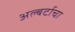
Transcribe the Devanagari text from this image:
अल्बर्टाचा